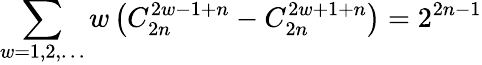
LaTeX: \sum_{w=1,2,\ldots}w\left(C_{2n}^{2w-1+n}-C_{2n}^{2w+1+n}\right)=2^{2n-1}